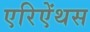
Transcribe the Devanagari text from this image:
एरिऐंथस